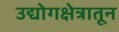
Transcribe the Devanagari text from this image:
उद्योगक्षेत्रातून